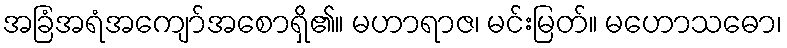
အခြံအရံအကျော်အစောရှိ၏။ မဟာရာဇ၊ မင်းမြတ်။ မဟောသဓော၊